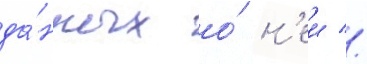
да́нных о́ н'еи //